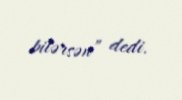
bilərsən” dedi.